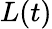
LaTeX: L(t)